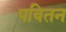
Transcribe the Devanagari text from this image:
पवितन